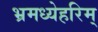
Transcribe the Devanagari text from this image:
भ्रमध्येहरिम्